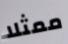
ممثلا